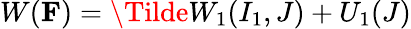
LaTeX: W(\mathbf{F})=\Tilde{W}_{1}(I_{1},J)+U_{1}(J)